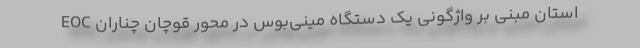
EOC استان مبنی بر واژگونی یک دستگاه مینی‌بوس در محور قوچان چناران